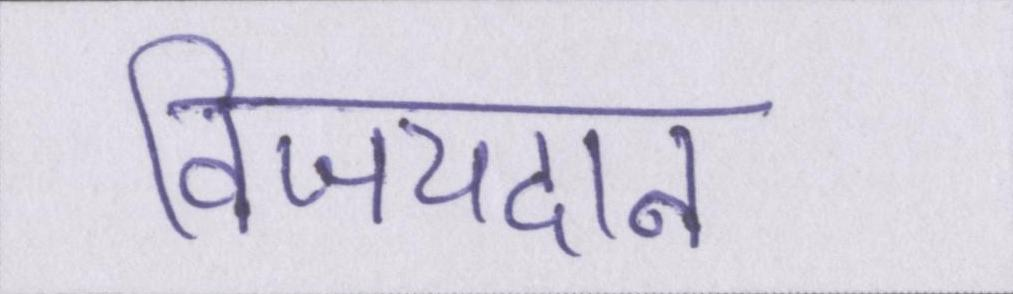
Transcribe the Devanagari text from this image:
विजयदान